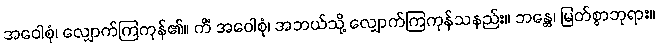
အဝေါစုံ၊ လျှောက်ကြကုန်၏။ ကိံ အဝေါစုံ၊ အဘယ်သို့ လျှောက်ကြကုန်သနည်း။ ဘန္တေ၊ မြတ်စွာဘုရား။